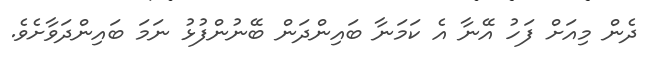
ދެން މިއަށް ފަހު އޭނާ އެ ކަމަނާ ބައިންދަން ބޭނުންފުޅު ނަމަ ބައިންދަވާށެވެ.